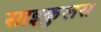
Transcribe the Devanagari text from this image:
साइकुलस